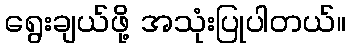
ရွေးချယ်ဖို့ အသုံးပြုပါတယ်။